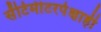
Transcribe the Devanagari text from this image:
सेंटिमीटरपेक्षाही